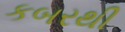
કબરથી